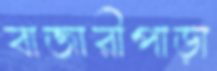
বাজারীপাড়া